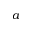
a